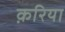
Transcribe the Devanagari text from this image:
क़रिया